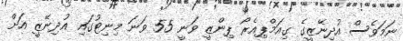
ނަމަވެސް އުދިނޭޒީގެ ގިއަމްޕިއެރޯ ޕިންޒީ ވަނީ 55 ވަނަ މިނިޓުގައި އުދިނޭޒީ އަށް